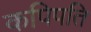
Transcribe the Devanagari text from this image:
कपिपति